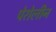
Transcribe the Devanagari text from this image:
पेरोलीन